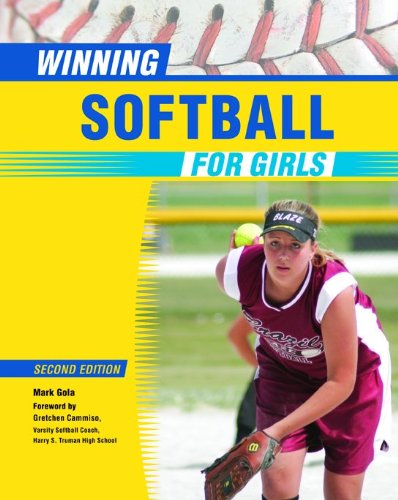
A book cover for Winning Softball for Girls (Winning Sports for Girls); Mark Gola; Sports & Outdoors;